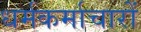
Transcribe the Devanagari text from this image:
धर्मकर्माचारों